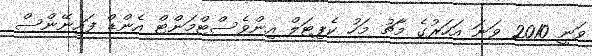
ވަނީ 2010 ވަނަ އަހަރުގެ މާޗު މަހު ކެޕިޓަލް އިންވެސްޓްމަންޓް އެންޑް ފައިނޭންސް